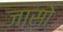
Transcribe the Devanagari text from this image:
जासो